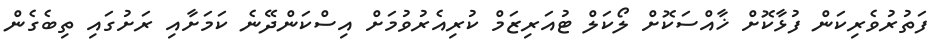
ފަތުރުވެރިކަން ފުޅާކޮށް ޚާއްސަކޮށް ލޯކަލް ޓުއަރިޒަމް ކުރިއެރުވުމަށް އިސްކަންދޭނެ ކަމަށާއި ރަށުގައި ތިބެގެން